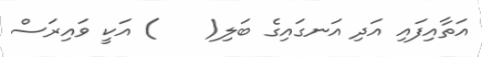
އަތާއިފައި އަދި އަނގައިގެ ބަލި(    ) އަކީ ވައިރަސް